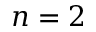
n = 2